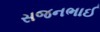
સજનભાઈ